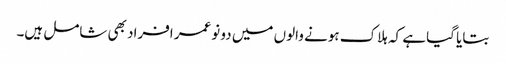
بتایا گیا ہے کہ ہلاک ہونے والوں میں دو نوعمر افراد بھی شامل ہیں۔